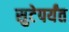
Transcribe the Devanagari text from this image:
सुटेपर्यंत